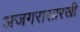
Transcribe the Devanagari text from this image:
अजगरासारखी